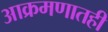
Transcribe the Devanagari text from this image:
आक्रमणातही